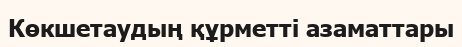
Көкшетаудың құрметті азаматтары